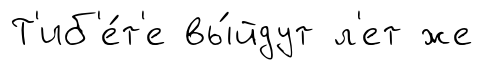
Т'иб'е́т'е вы́йдут л'ет же